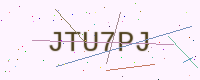
Text: JTU7PJ